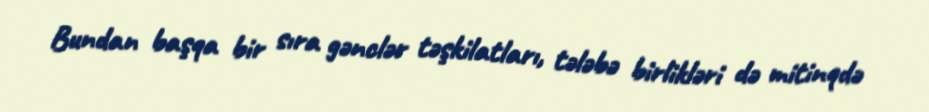
Bundan başqa bir sıra gənclər təşkilatları, tələbə birlikləri də mitinqdə